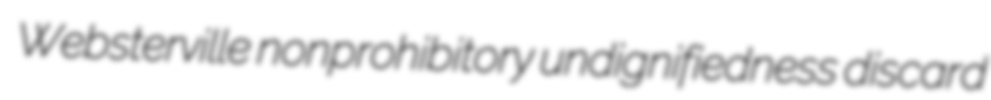
Websterville nonprohibitory undignifiedness discard